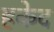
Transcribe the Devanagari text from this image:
हकेद